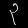
Digit: ၃